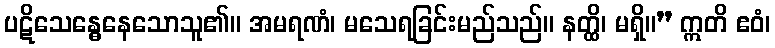
ပဋိသေန္ဓေနေသောသူ၏။ အမရဏံ၊ မသေရခြင်းမည်သည်။ နတ္ထိ၊ မရှိ။” ဣတိ ဧဝံ၊